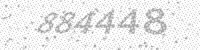
Solution: 884448